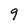
Character: 9